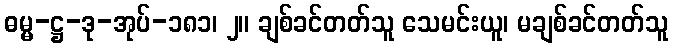
ဓမ္မ-ဋ္ဌ-ဒု-အုပ်-၁၈၁၊ ၂။ ချစ်ခင်တတ်သူ သေမင်းယူ၊ မချစ်ခင်တတ်သူ